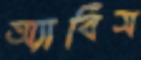
অ্যাবিস